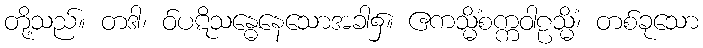
တို့သည်။ တဒါ၊ ဝ်ပဋိသန္ဓေနေသောအခါ၌။ ဧကသ္မိံစက္ကဝါဠသ္မိံ၊ တစ်ခုသော